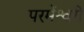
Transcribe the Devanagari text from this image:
परमेंश्वरी